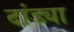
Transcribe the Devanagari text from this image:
दांड्या